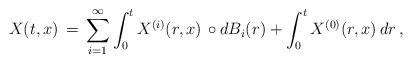
LaTeX: \begin{align*}X(t,x) \,=\, \sum_{i=1}^{\infty}\int_{0}^{t}X^{(i)}(r,x)\,\circ dB_{i}(r)+\int_{0}^{t}X^{(0)}(r,x)\, dr\,,\end{align*}